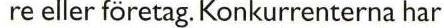
 re eller företag. Konkurrenterna har